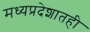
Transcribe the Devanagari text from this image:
मध्यप्रदेशातही